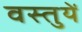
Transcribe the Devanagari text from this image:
वस्‍तुयें